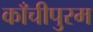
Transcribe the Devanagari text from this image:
काँचीपुरम